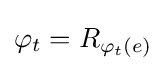
\varphi _{t}=R_{\varphi _{t}(e)}